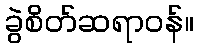
ခွဲစိတ်ဆရာဝန်။